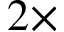
2 \times